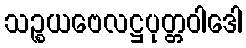
သဉ္စယဗေလဋ္ဌပုတ္တဝါဒေါ